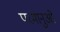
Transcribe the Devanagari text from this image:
परमानुओं